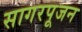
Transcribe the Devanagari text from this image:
सागरपूजन